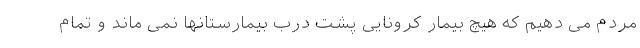
مردم می دهیم که هیچ بیمار کرونایی پشت درب بیمارستانها نمی ماند و تمام